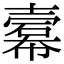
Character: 𢅍